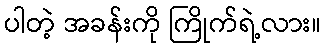
ပါတဲ့ အခန်းကို ကြိုက်ရဲ့လား။